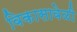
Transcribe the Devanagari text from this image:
विकासावेळी